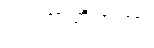
သဇောတိဘူတာ